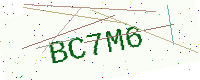
Text: BC7M6